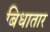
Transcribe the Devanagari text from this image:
बिधातार